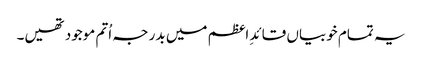
یہ تمام خوبیاں قائدِ اعظم میں بدر جہ اُتم موجود تھیں۔